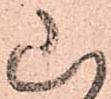
山